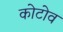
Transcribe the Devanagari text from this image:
कोटोव